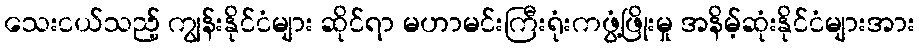
သေးငယ်သည့် ကျွန်းနိုင်ငံများ ဆိုင်ရာ မဟာမင်းကြီးရုံးကဖွံ့ဖြိုးမှု အနိမ့်ဆုံးနိုင်ငံများအား